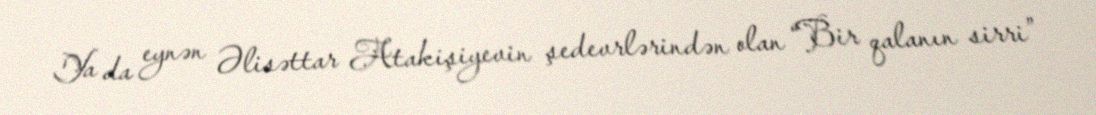
Ya da eynən Əlisəttar Atakişiyevin şedevrlərindən olan “Bir qalanın sirri”